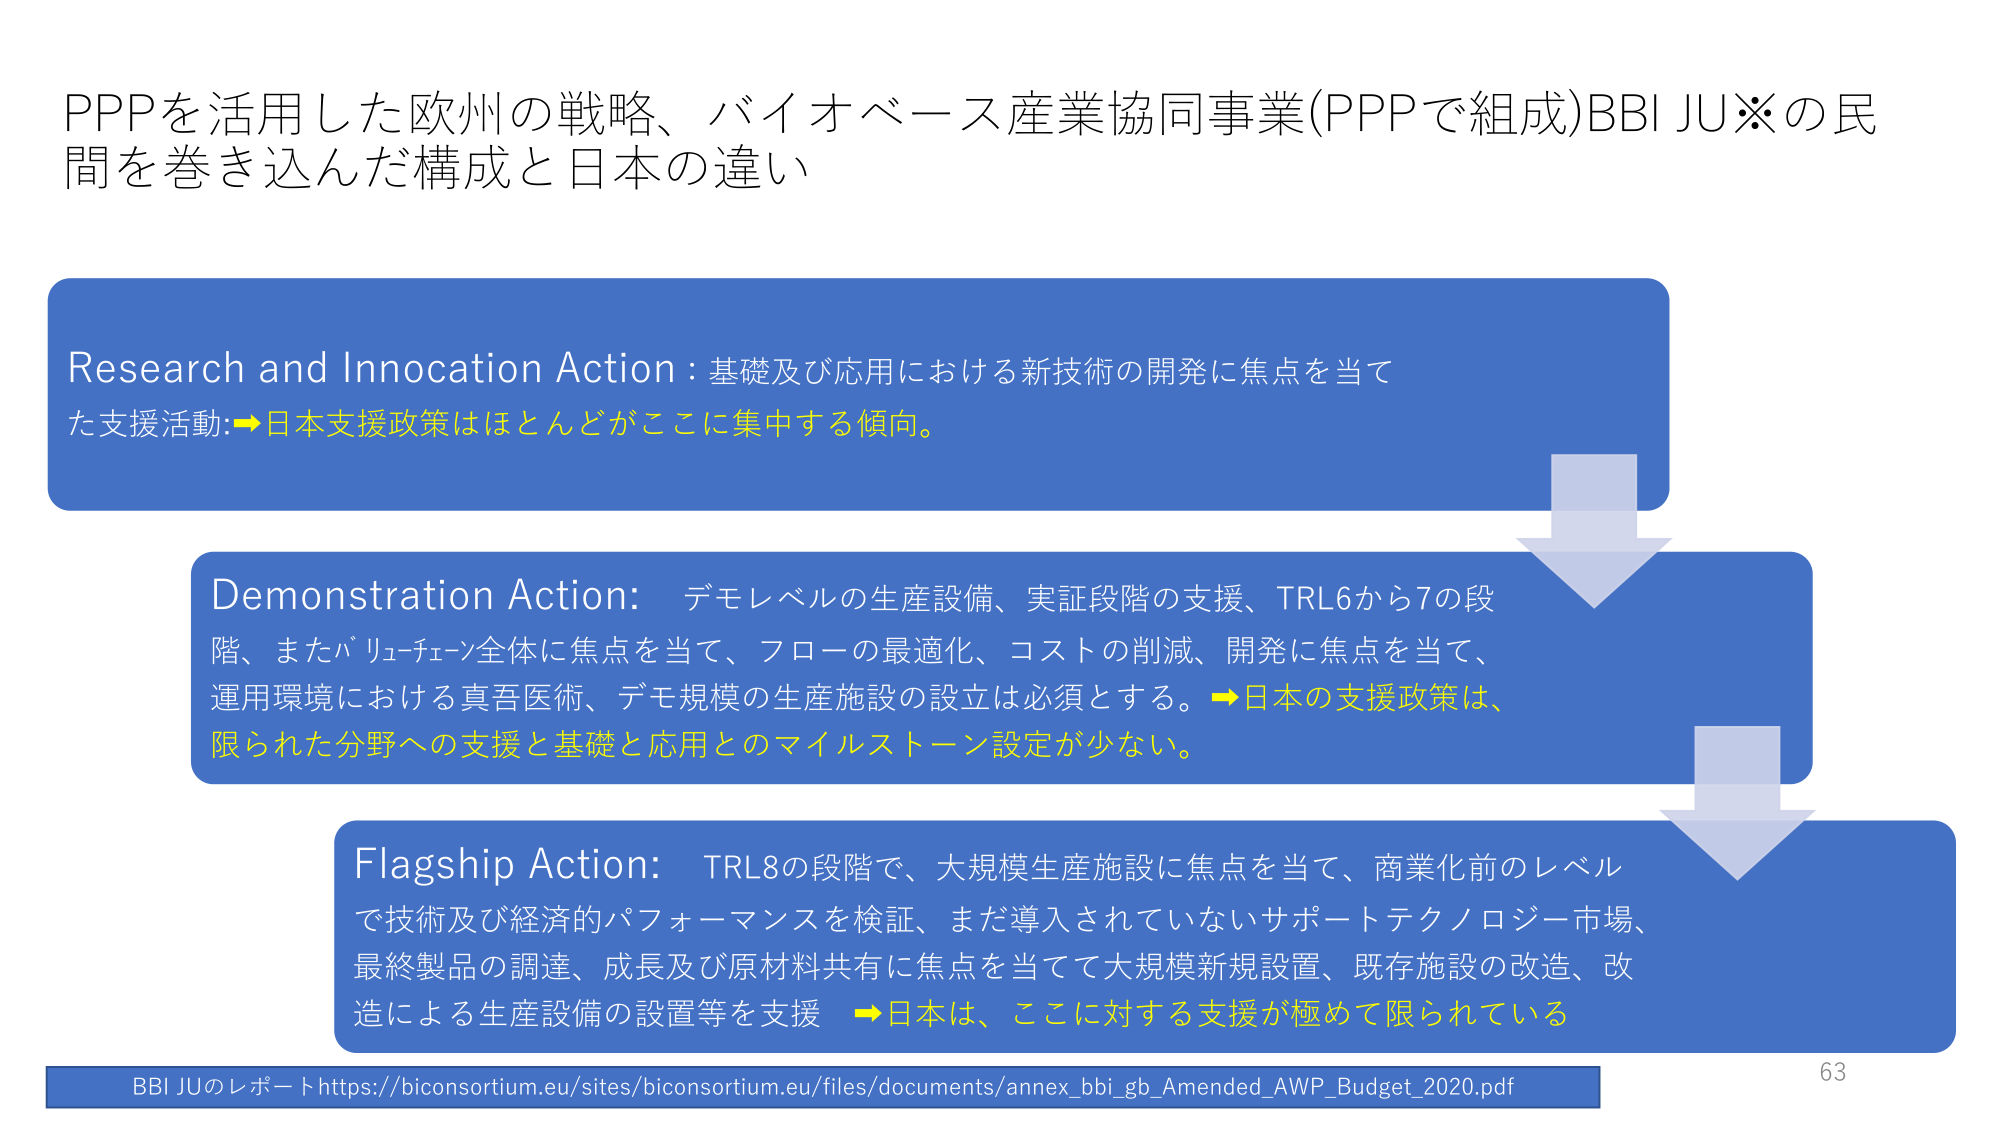
PPPを活用した欧州の戦略、バイオベース産業協同事業(PPPで組成)BBI JU※の民間を巻き込んだ構成と日本の違い

Research and Innocation Action：基礎及び応用における新技術の開発に焦点を当てた支援活動：→日本支援政策はほとんどがここに集中する傾向。

Demonstration Action: デモレベルの生産設備、実証段階の支援、TRL6から7の段階、またバリューチェーン全体に焦点を当て、フローの最適化、コストの削減、開発に焦点を当て、運用環境における真吾医術、デモ規模の生産施設の設立は必須とする。→日本の支援政策は、限られた分野への支援と基礎と応用とのマイルストーン設定が少ない。

Flagship Action: TRL8の段階で、大規模生産施設に焦点を当て、商業化前のレベルで技術及び経済的パフォーマンスを検証、まだ導入されていないサポートテクノロジー市場、最終製品の調達、成長及び原材料共有に焦点を当てて大規模新規設置、既存施設の改造、改造による生産設備の設置等を支援 →日本は、ここに対する支援が極めて限られている

BBI JUのレポート https://biconsortium.eu/sites/biconsortium.eu/files/documents/annex_bbi_gb_Amended_AWP_Budget_2020.pdf

63